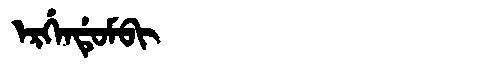
Manchu: ᡝᡵᡤᡝᠨᡩᡠᠮᠪᡳ
Romanization: ERGENDUMBI